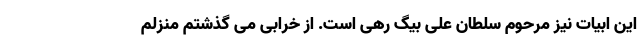
این ابیات نیز مرحوم سلطان علی بیگ رهی است. از خرابی می گذشتم منزلم